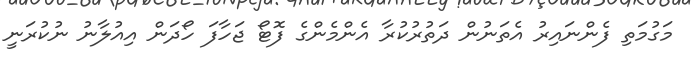
މަގުމަތި ފެންނައިރު އެތަނުން ދަތުރުކުރާ އެންމެންގެ ފޮޓޯ ޖަހާފަ ހޯދަން އިއުލާނު ނުކުރަނީ